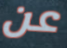
عن